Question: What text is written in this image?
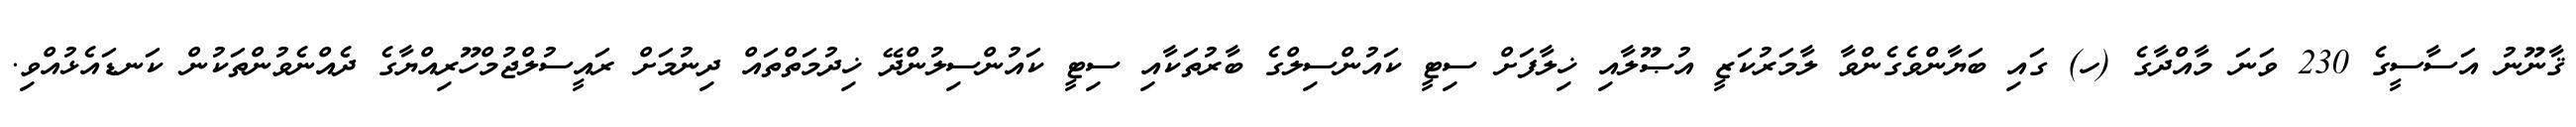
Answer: ޤާނޫނު އަސާސީގެ 230 ވަނަ މާއްދާގެ (ހ) ގައި ބަޔާންވެގެންވާ ލާމަރުކަޒީ އުޞޫލާއި ޚިލާފަށް ސިޓީ ކައުންސިލްގެ ބާރުތަކާއި ސިޓީ ކައުންސިލުންދޭ ޚިދުމަތްތައް ދިނުމަށް ރައީސުލްޖުމްހޫރިއްޔާގެ ދެއްނެވުންތަކުން ކަނޑައެޅުއްވި.